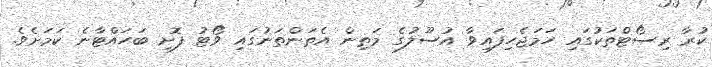
ކުރާ ރިސޯޓްތަކުގައި ހަމަޖެހިފައިވާ އުސޫލުގެ މަތިން އެތަންތަނުގައި ވޯޓު ފޮށި ބަހައްޓާނެ ކަމަށެވެ.